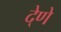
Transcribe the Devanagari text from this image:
दे्णे